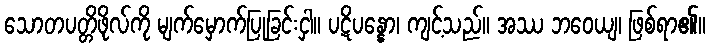
သောတပတ္တိဖိုလ်ကို မျက်မှောက်ပြုခြင်းငှါ။ ပဋိပန္နော၊ ကျင့်သည်။ အဿ ဘဝေယျ၊ ဖြစ်ရာ၏။